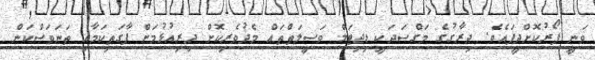
ވަނީ ފޯރުކޮށްދީފައެވެ. ދިރާގުގެ މަގްސަދަކީ ޑިޖިޓަލް ވަސީލަތްތައް މެދުވެރިކޮށް ދިރިއުޅުމަށް ފާގަތިކަމާއި ތަނަވަސްކަން